Indian journal of veterinary science and animal husbandry - Volume 3,
Year: 1933
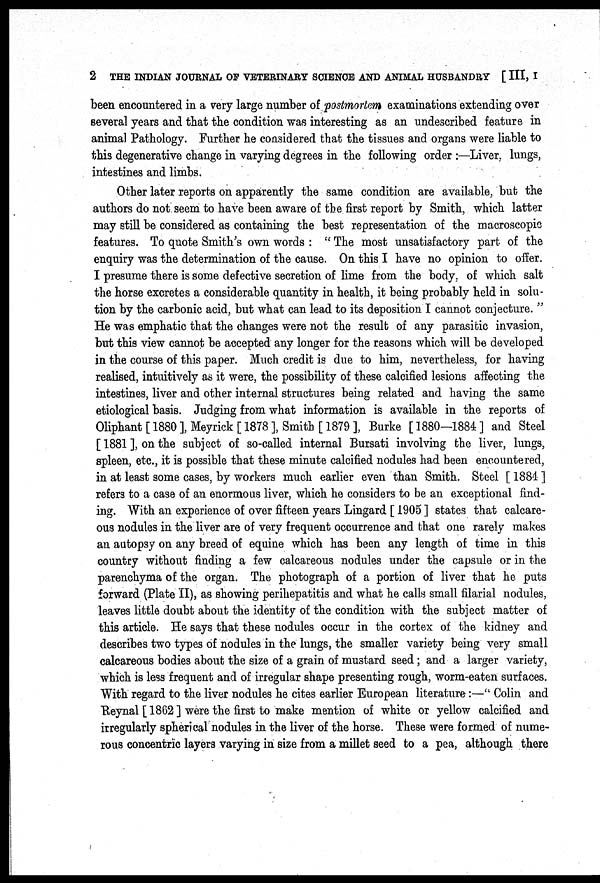
2 THE INDIAN JOURNAL OF VETERINARY SCIENCE AND ANIMAL HUSBANDRY [ III, I
been encountered in a very large number of postmortem examinations extending over
several years and that the condition was interesting as an undescribed feature in
animal Pathology. Further he considered that the tissues and organs were liable to
this degenerative change in varying degrees in the following order :—Liver, lungs,
intestines and limbs.
Other later reports on apparently the same condition are available, but the
authors do not seem to have been aware of the first report by Smith, which latter
may still be considered as containing the best representation of the macroscopic
features. To quote Smith's own words : " The most unsatisfactory part of the
enquiry was the determination of the cause. On this I have no opinion to offer.
I presume there is some defective secretion of lime from the body, of which salt
the horse excretes a considerable quantity in health, it being probably held in solu-
tion by the carbonic acid, but what can lead to its deposition I cannot conjecture. "
He was emphatic that the changes were not the result of any parasitic invasion,
but this view cannot be accepted any longer for the reasons which will be developed
in the course of this paper. Much credit is due to him, nevertheless, for having
realised, intuitively as it were, the possibility of these calcified lesions affecting the
intestines, liver and other internal structures being related and having the same
etiological basis. Judging from what information is available in the reports of
Oliphant[1880], Meyrick[ 1878], Smith [1879], Burke [1880—1884] and Steel
[ 1881 ], on the subject of so-called internal Bursati involving the liver, lungs,
spleen, etc., it is possible that these minute calcified nodules had been encountered,
in at least some cases, by workers much earlier even than Smith. Steel [ 1884 ]
refers to a case of an enormous liver, which he considers to be an exceptional find-
ing. With an experience of over fifteen years Lingard [ 1905 ] states that calcare-
ous nodules in the liver are of very frequent occurrence and that one rarely makes
an autopsy on any breed of equine which has been any length of time in this
country without finding a few calcareous nodules under the capsule or in the
parenchyma of the organ. The photograph of a portion of liver that he puts
forward (Plate II), as showing perihepatitis and what he calls small filarial nodules,
leaves little doubt about the identity of the condition with the subject matter of
this article. He says that these nodules occur in the cortex of the kidney and
describes two types of nodules in the lungs, the smaller variety being very small
calcareous bodies about the size of a grain of mustard seed; and a larger variety,
which is less frequent and of irregular shape presenting rough, worm-eaten surfaces.
With regard to the liver nodules he cites earlier European literature:—" Colin and
Reynal [ 1862 ] were the first to make mention of white or yellow calcified and
irregularly spherical nodules in the liver of the horse. These were formed of nume-
rous concentric layers varying in size from a millet seed to a pea, although there